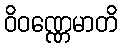
ဝိဝဏ္ဏေမာတိ